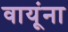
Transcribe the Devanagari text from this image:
वायूंना